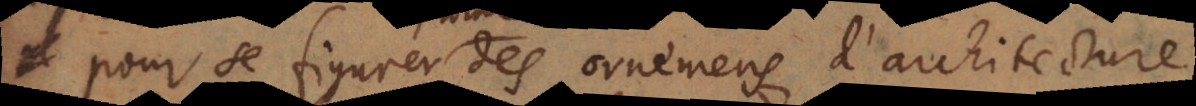
pour se figurer des ornemens d’architecture,